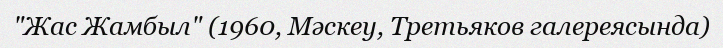
"Жас Жамбыл" (1960, Мәскеу, Третьяков галереясында)